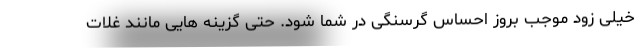
خیلی زود موجب بروز احساس گرسنگی در شما شود. حتی گزینه هایی مانند غلات